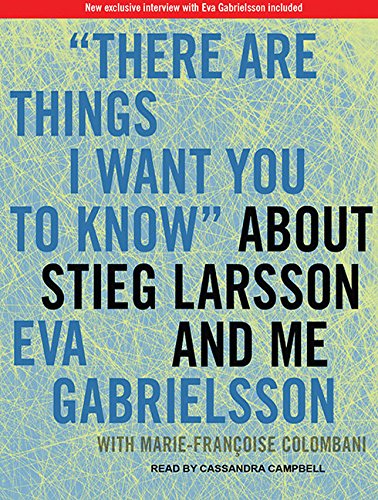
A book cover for "There Are Things I Want You to Know" About Stieg Larsson and Me: 1030; Marie-Francoise Colombani; Biographies & Memoirs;